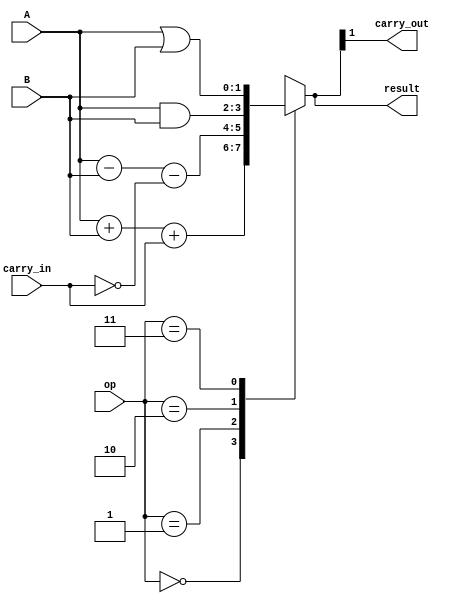
module ALU(input [1:0] op, input carry_in, input [1:0] A, B, output [1:0] result, output carry_out);

assign carry_out = result[1];

always @(*) begin
    case(op)
        3'b000: result = A + B + carry_in;
        3'b001: result = A - B - ~carry_in;
        3'b010: result = A & B;
        3'b011: result = A | B;
        3'b100: result = A ^ B;
    endcase
end

endmodule